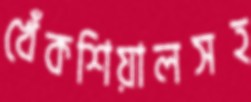
খেঁকশিয়ালসহ